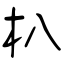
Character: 朳